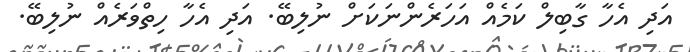
އަދި އެހާ ގާބިލް ކަމެއް އަހަރެންނަކަށް ނުލިބޭ. އަދި އެހާ ހިތްވަރެއް ނުލިބޭ.